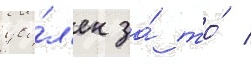
уво́л'ен за́ то́ /